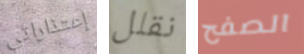
إعتذاراتي نقلل الصفح